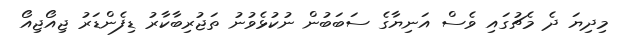
މިދިޔަ ދެ މެޗުގައި ވެސް އަނިޔާގެ ސަބަބުން ނުކުޅެވުނު ތަޖުރިބާކާރު ޑިފެންޑަރު ޖިއޯޖިއޯ